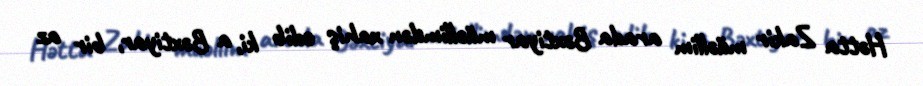
Hətta Zakir müəllim arada Bəxtiyar müəllimdən xahiş edib ki, a Bəxtiyar, bir az